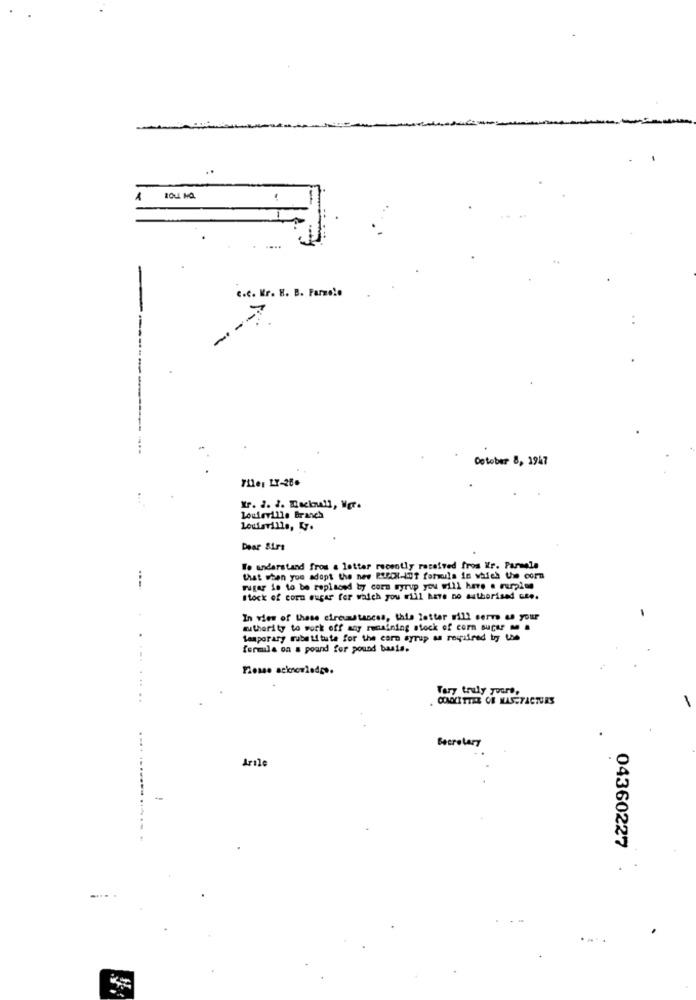
1
C.f. Kr. E. B. Farzolo
----.
--
October 8, 1947
711es LY-28.
Kr. 2. 2. Racknall, Mgr.
Louisville Branch
Louisville, Ly.
Dear Sirs
We understand fros a letter recently received fros Kr. Farmele
that when you adopt the new PRECI-IOT formula in which the corn
sugar is to be replaced by corn syrup you will here . rumpinn
Stock of corn sugar for which you will have no authorised Gte.
In view of these circumstances, this letter will serve as your
authority to work off any remaining stock of corn super . .
temporary substitute for the corn syrup as required by the
formula on a poand for pound basis.
Please acknowledge.
Tary truly yours,
.........
. CIAOLETTER OF MASSTACTURS
-
Secretary
Arile
04360227
....